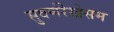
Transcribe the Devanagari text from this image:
सुवर्णरेखेसम